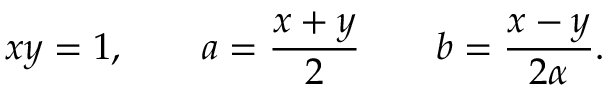
x y = 1 , \qquad a = { \frac { x + y } { 2 } } \qquad b = { \frac { x - y } { 2 \alpha } } .